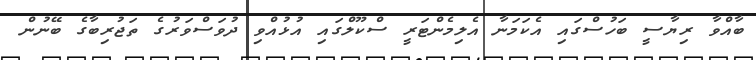
ބާއްވާ ރިޔާސީ ބަހުސްގައި އެކަމަނާ އެލިމެންޓަރީ ސްކޫލްގައި އުޅުއްވި ދުވަސްވަރުގެ ތަޖުރިބާގެ ބޭނުން